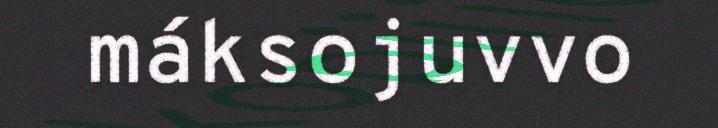
máksojuvvo